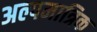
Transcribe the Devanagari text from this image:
अल्पमात्रिक